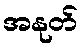
အနုတ်